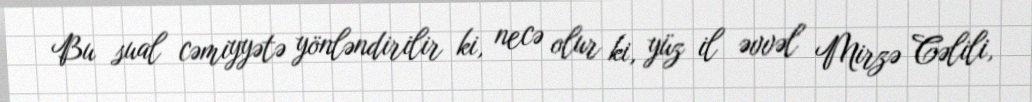
Bu sual cəmiyyətə yönləndirilir ki, necə olur ki, yüz il əvvəl Mirzə Cəlili,